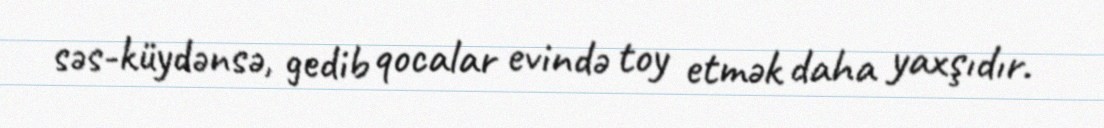
səs-küydənsə, gedib qocalar evində toy etmək daha yaxşıdır.